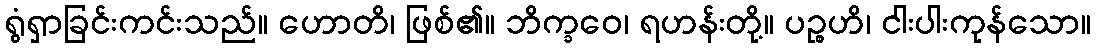
ရွံရှာခြင်းကင်းသည်။ ဟောတိ၊ ဖြစ်၏။ ဘိက္ခဝေ၊ ရဟန်းတို့။ ပဉ္စဟိ၊ ငါးပါးကုန်သော။